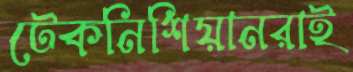
টেকনিশিয়ানরাই